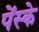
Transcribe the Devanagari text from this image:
पेंस्के